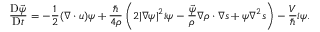
\frac { \mathrm { D } \vec { \psi } } { \mathrm { D } t } = - \frac 1 2 ( \boldsymbol { \nabla } \cdot \boldsymbol { u } ) \boldsymbol { \psi } + \frac { \hbar } { 4 \rho } \left( 2 | \boldsymbol { \nabla } \boldsymbol { \psi } | ^ { 2 } \boldsymbol { i \psi } - \frac { \vec { \psi } } { \rho } \boldsymbol { \nabla } \rho \cdot \boldsymbol { \nabla } \boldsymbol { s } + \boldsymbol { \psi } \nabla ^ { 2 } \boldsymbol { s } \right) - \frac { V } { \hbar } \boldsymbol { i \psi } .